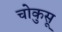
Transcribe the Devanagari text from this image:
चोकुसू